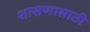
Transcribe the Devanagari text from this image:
शासणासाठी